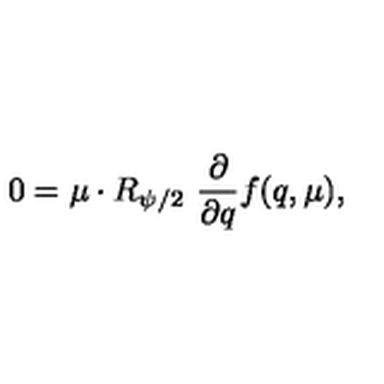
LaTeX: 0 = \mu \cdot R _ { \psi / 2 } \ { \frac { \partial } { \partial q } } f ( q , \mu ) ,